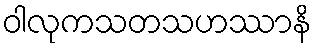
ဝါလုကသတသဟဿာနိ